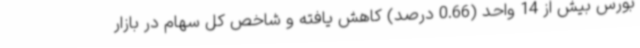
بورس بیش از 14 واحد (0.66 درصد) کاهش یافته و شاخص کل سهام در بازار